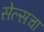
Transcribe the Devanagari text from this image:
सेल्सचा